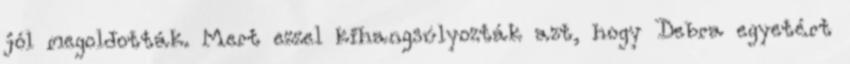
jól megoldották. Mert ezzel kihangsúlyozták azt, hogy Debra egyetért